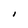
Character: I